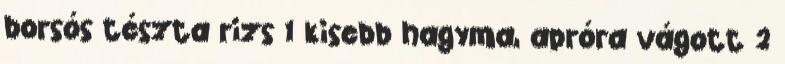
borsós tészta rizs 1 kisebb hagyma, apróra vágott 2